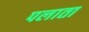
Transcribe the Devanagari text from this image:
पलाता